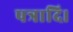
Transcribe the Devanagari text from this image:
पत्रादि।